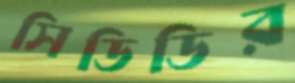
সিডিডির